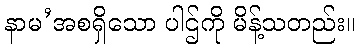
နာမ’အစရှိသော ပါဌ်ကို မိန့်သတည်း။